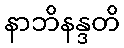
နာဘိနန္ဒတိ